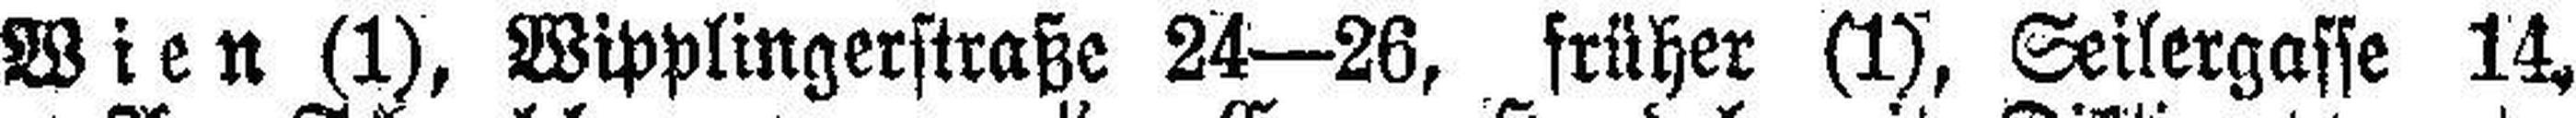
Wien (1), Wipplingerstraße 24—26, früher (1), Seilergasse 14,